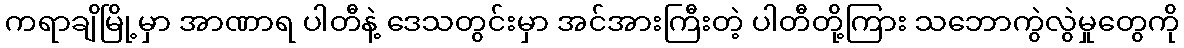
ကရာချိမြို့မှာ အာဏာရ ပါတီနဲ့ ဒေသတွင်းမှာ အင်အားကြီးတဲ့ ပါတီတို့ကြား သဘောကွဲလွဲမှုတွေကို